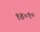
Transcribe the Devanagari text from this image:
१४०१०